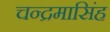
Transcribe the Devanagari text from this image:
चन्द्रमासिंह